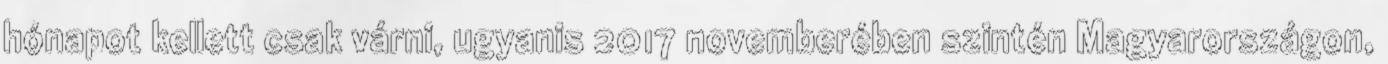
hónapot kellett csak várni, ugyanis 2017 novemberében szintén Magyarországon,